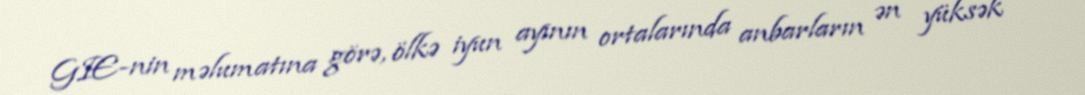
GIE-nin məlumatına görə, ölkə iyun ayının ortalarında anbarların ən yüksək